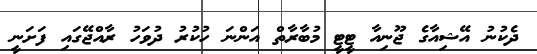
ދެކުނު އޭޝިއާގެ ޖޫނިއާ ޓީޓީ މުބާރާތް އަންނަ ހުކުރު ދުވަހު ރާއްޖޭގައި ފަށަނީ